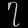
Digit: ၇